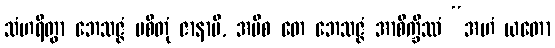
သံဟရိတွာ ဘေသဇ္ဇံ ပစိတုံ ဇာနာမိ, အပိစ တေ ဘေသဇ္ဇံ အာစိက္ခိဿံ “အဟံ ယတော